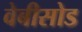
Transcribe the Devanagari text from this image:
वेबीसोड